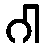
ဂါ